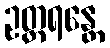
ဥတ္တရန္တေ